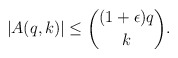
\begin{align*} |A(q,k)| \leq \binom{(1+\epsilon)q}{k}. \end{align*}